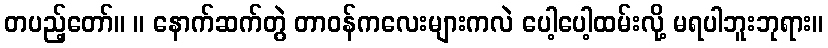
တပည့်တော်။ ။ နောက်ဆက်တွဲ တာဝန်ကလေးများကလဲ ပေါ့ပေါ့ထမ်းလို့ မရပါဘူးဘုရား။